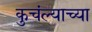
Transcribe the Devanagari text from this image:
कुचंल्याच्या